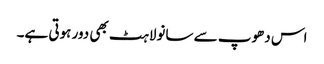
اس دھوپ سے سانولاہٹ بھی دور ہوتی ہے۔